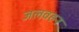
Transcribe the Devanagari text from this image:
जलवहन